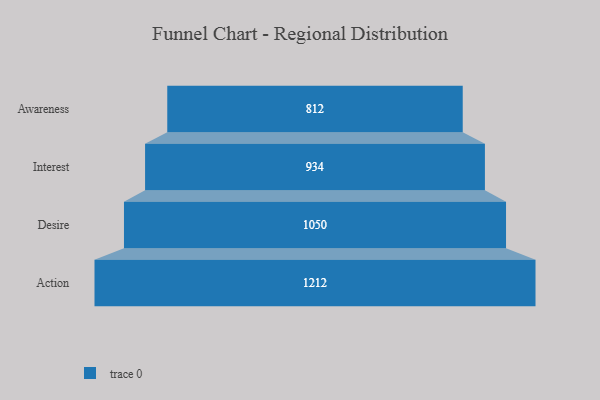
{"axis": {"x": "Stage", "y": "Value"}, "legend": [""], "data": [{"x": "Awareness", "y": 812.0, "type": ""}, {"x": "Interest", "y": 934.0, "type": ""}, {"x": "Desire", "y": 1050.0, "type": ""}, {"x": "Action", "y": 1212.0, "type": ""}]}